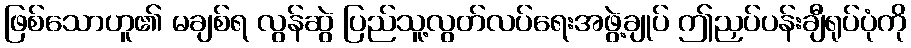
ဖြစ်သောဟူ၏ မချစ်ရ လွန်ဆွဲ ပြည်သူ့လွတ်လပ်ရေးအဖွဲ့ချုပ် ဤညှပ်ပန်းချီရုပ်ပုံကို